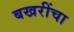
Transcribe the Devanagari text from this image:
बखरींचा